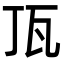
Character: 㼗